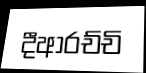
දීආරච්චි